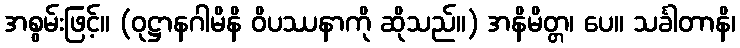
အစွမ်းဖြင့်။ (ဝုဋ္ဌာနဂါမိနိ ဝိပဿနာကို ဆိုသည်။) အနိမိတ္တ၊ ပေ။ သင်္ခါတာနိ၊